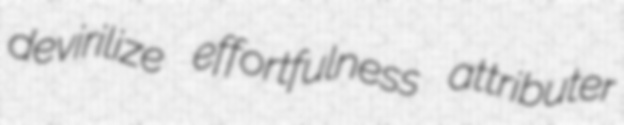
devirilize effortfulness attributer